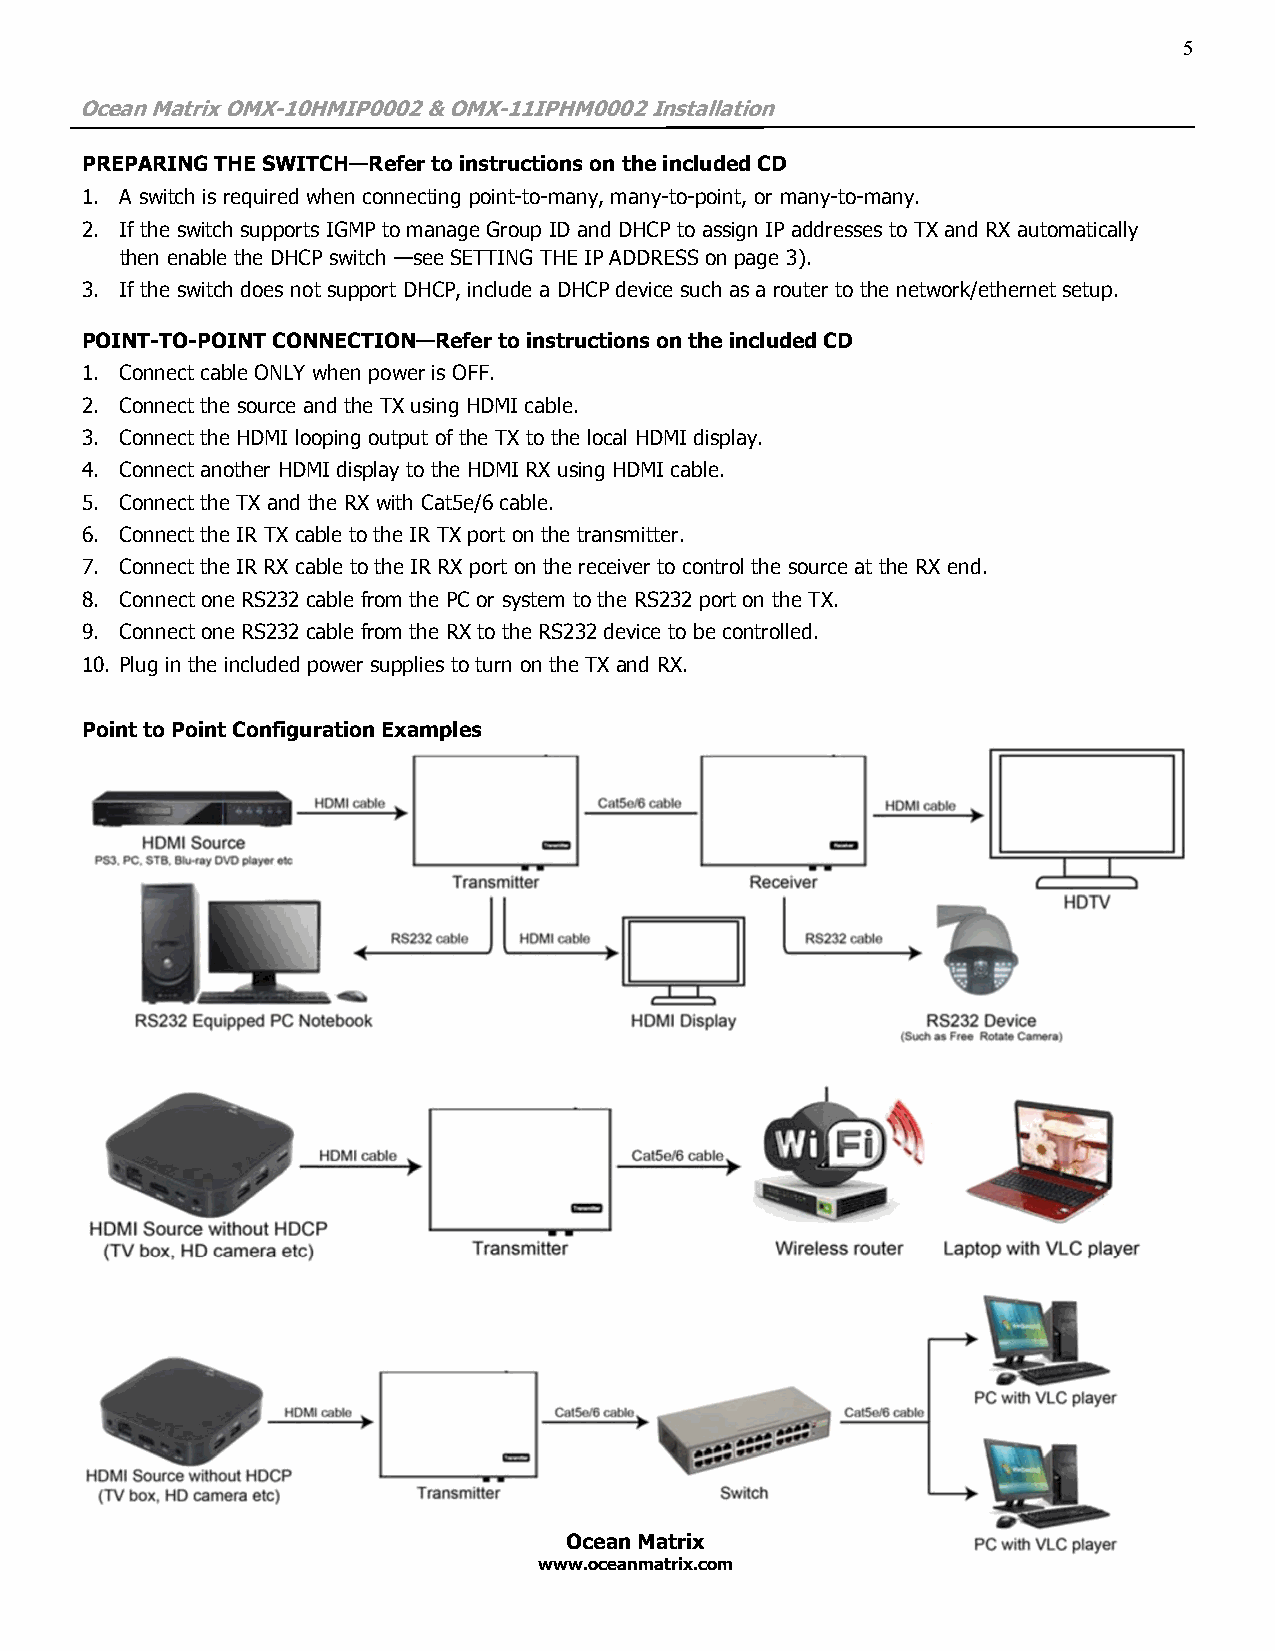
5
 Ocean Matrix OMX-10HMIP0002 & OMX-11IPHM0002 Installation
 PREPARING THE SWITCH—Refer to instructions on the included CD
 1. A switch is required when connecting point-to-many, many-to-point, or many-to-many.
 2. If the switch supports IGMP to manage Group ID and DHCP to assign IP addresses to TX and RX automatically
 then enable the DHCP switch —see SETTING THE IP ADDRESS on page 3).
 3. If the switch does not support DHCP, include a DHCP device such as a router to the network/ethernet setup.
 POINT-TO-POINT CONNECTION—Refer to instructions on the included CD
 1. Connect cable ONLY when power is OFF.
 2. Connect the source and the TX using HDMI cable.
 3. Connect the HDMI looping output of the TX to the local HDMI display.
 4. Connect another HDMI display to the HDMI RX using HDMI cable.
 5. Connect the TX and the RX with Cat5e/6 cable.
 6. Connect the IR TX cable to the IR TX port on the transmitter.
 7. Connect the IR RX cable to the IR RX port on the receiver to control the source at the RX end.
 8. Connect one RS232 cable from the PC or system to the RS232 port on the TX.
 9. Connect one RS232 cable from the RX to the RS232 device to be controlled.
 10. Plug in the included power supplies to turn on the TX and RX.
 Point to Point Configuration Examples
 Ocean Matrix
 www.oceanmatrix.com